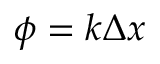
\phi = k \Delta x